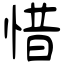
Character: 惜